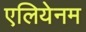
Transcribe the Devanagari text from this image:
एलियेनम